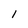
Character: 1